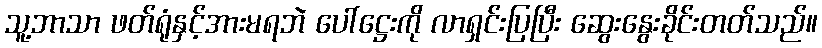
သူ့ဘာသာ ဖတ်ရုံနှင့်အားမရဘဲ ပေါ်ဋ္ဌေးကို လာရှင်းပြပြီး ဆွေးနွေးခိုင်းတတ်သည်။